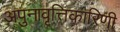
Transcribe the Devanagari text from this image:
अपुनावृत्तिकारिणी